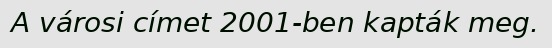
A városi címet 2001-ben kapták meg.